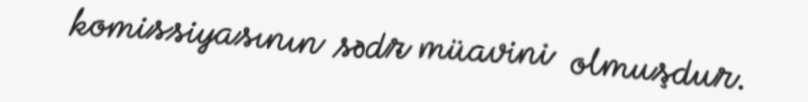
komissiyasının sədr müavini olmuşdur.